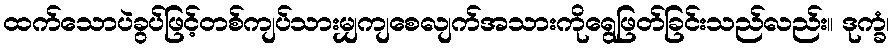
ထက်သောပဲခွပ်ဖြင့်တစ်ကျပ်သားမျှကျစေလျက်အသားကိုရွေဖြတ်ခြင်းသည်လည်း။ ဒုက္ခံ၊